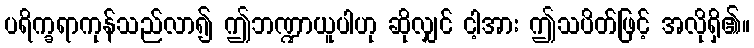
ပရိက္ခရာကုန်သည်လာ၍ ဤဘဏ္ဍာယူပါဟု ဆိုလျှင် ငါ့အား ဤသပိတ်ဖြင့် အလိုရှိ၏။